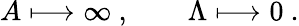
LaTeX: A\longmapsto\infty\ ,\qquad\Lambda\longmapsto 0\ .